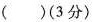
( )(3分)